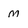
Character: M